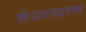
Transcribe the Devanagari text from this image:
शेअरधारक